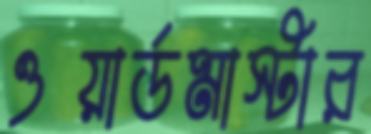
ওয়ার্ডমাস্টার